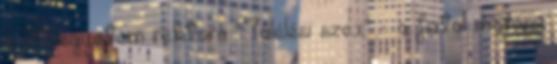
a Műegyetem rektora "Túlélési szex" - a fiatal migráns